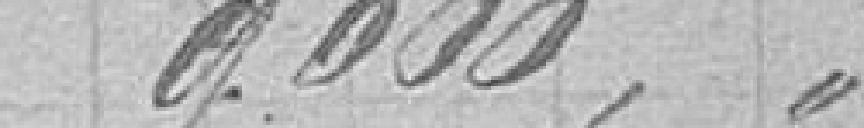
9600